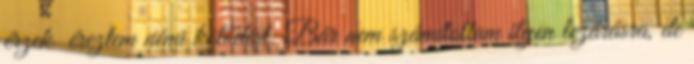
érzek éreztem némi kötődést. Bár nem számítottam ilyen lezárásra, de